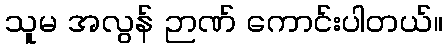
သူမ အလွန် ဉာဏ် ကောင်းပါတယ်။